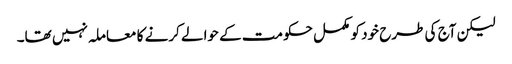
لیکن آج کی طرح خود کو مکمل حکومت کے حوالے کرنے کا معاملہ نہیں تھا۔